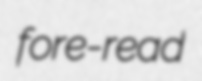
fore-read